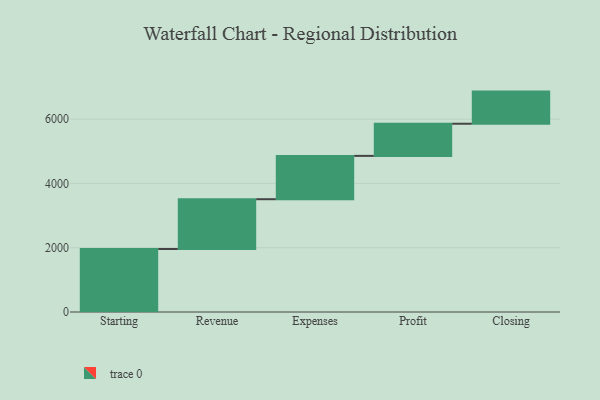
{"axis": {"x": "Step", "y": "Value"}, "legend": [""], "data": [{"x": "Starting", "y": 1960.0, "type": ""}, {"x": "Revenue", "y": 1549.0, "type": ""}, {"x": "Expenses", "y": 1348.0, "type": ""}, {"x": "Profit", "y": 1000, "type": ""}, {"x": "Closing", "y": 1000, "type": ""}]}